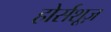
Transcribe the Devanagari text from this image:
होर्सशूज़